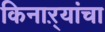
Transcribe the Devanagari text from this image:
किनाऱ्यांचा